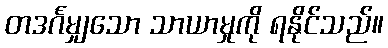
တဒင်္ဂမျှသော သာယာမှုကို ရနိုင်သည်။